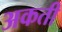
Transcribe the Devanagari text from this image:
अकती